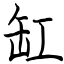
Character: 缸